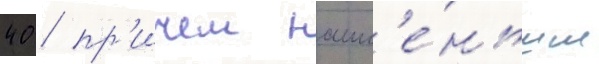
40 / пр'ичем наим'е́ньшие